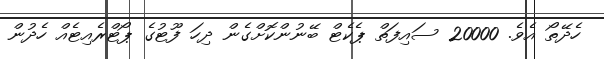
ހެދޭތޯ އެވެ. 20000 ސައިފަތް ޕެކެޓް ބޭނުންކޮށްގެން ދިހަ ފޫޓުގެ ޕޯޓްރެއިޓެއް ހެދުން